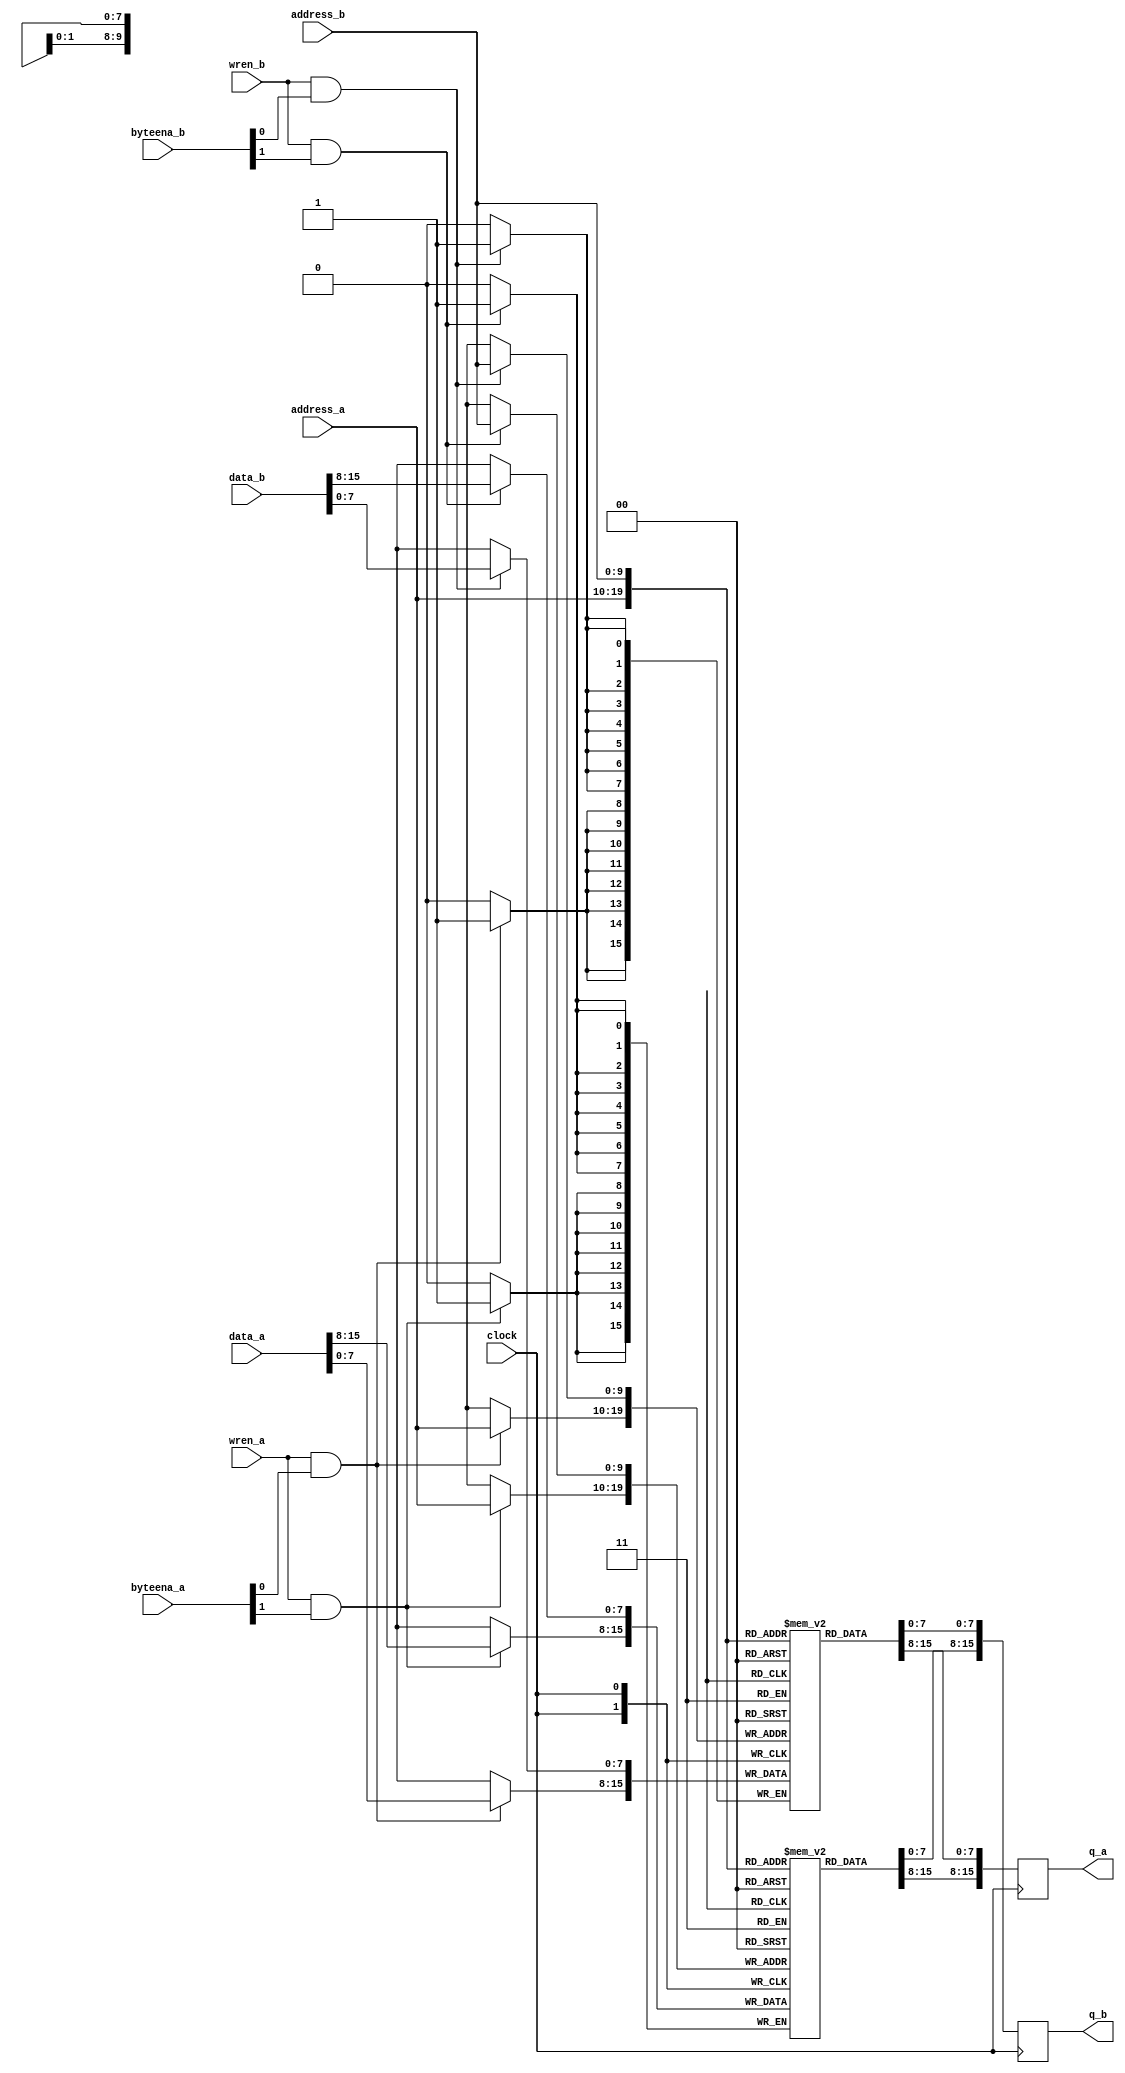
// dpram_inf_be_1024x16.v
// 2015, rok.krajnc@gmail.com
// inferrable two-port memory with byte-enables

module dpram_inf_be_1024x16 (
  input  wire           clock,
  input  wire           wren_a,
  input  wire [  2-1:0] byteena_a,
  input  wire [ 10-1:0] address_a,
  input  wire [ 16-1:0] data_a,
  output reg  [ 16-1:0] q_a,
  input  wire           wren_b,
  input  wire [  2-1:0] byteena_b,
  input  wire [ 10-1:0] address_b,
  input  wire [ 16-1:0] data_b,
  output reg  [ 16-1:0] q_b
);

// memory
reg [8-1:0] mem0 [0:1024-1];
reg [8-1:0] mem1 [0:1024-1];

// port a
always @ (posedge clock) begin
  if (wren_a && byteena_a[0]) mem0[address_a] <= #1 data_a[ 8-1:0];
  if (wren_a && byteena_a[1]) mem1[address_a] <= #1 data_a[16-1:8];
  q_a[ 8-1:0] <= #1 mem0[address_a];
  q_a[16-1:8] <= #1 mem1[address_a];
end

// port b
always @ (posedge clock) begin
  if (wren_b && byteena_b[0]) mem0[address_b] <= #1 data_b[ 8-1:0];
  if (wren_b && byteena_b[1]) mem1[address_b] <= #1 data_b[16-1:8];
  q_b[ 8-1:0] <= #1 mem0[address_b];
  q_b[16-1:8] <= #1 mem1[address_b];
end

endmodule